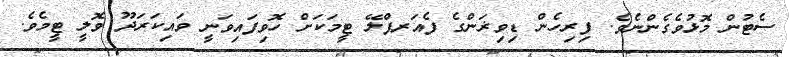
ސެޓުން މޮޅުވެގެންނެވެ. ފިރިހެން ޑިވިޜަންގެ ފެއަރޕްލޭ ޓީމަކަށް ހޮވިފައިވަނީ ވައިކަރަދޫ ވޮލީ ޓީމެވެ.